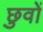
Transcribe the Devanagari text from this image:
छुवों